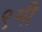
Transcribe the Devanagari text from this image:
९मी